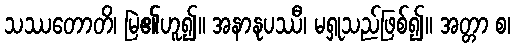
သဿတောတိ၊ မြဲ၏ဟူ၍။ အနာနုပဿီ၊ မရှုသည်ဖြစ်၍။ အတ္တာ စ၊